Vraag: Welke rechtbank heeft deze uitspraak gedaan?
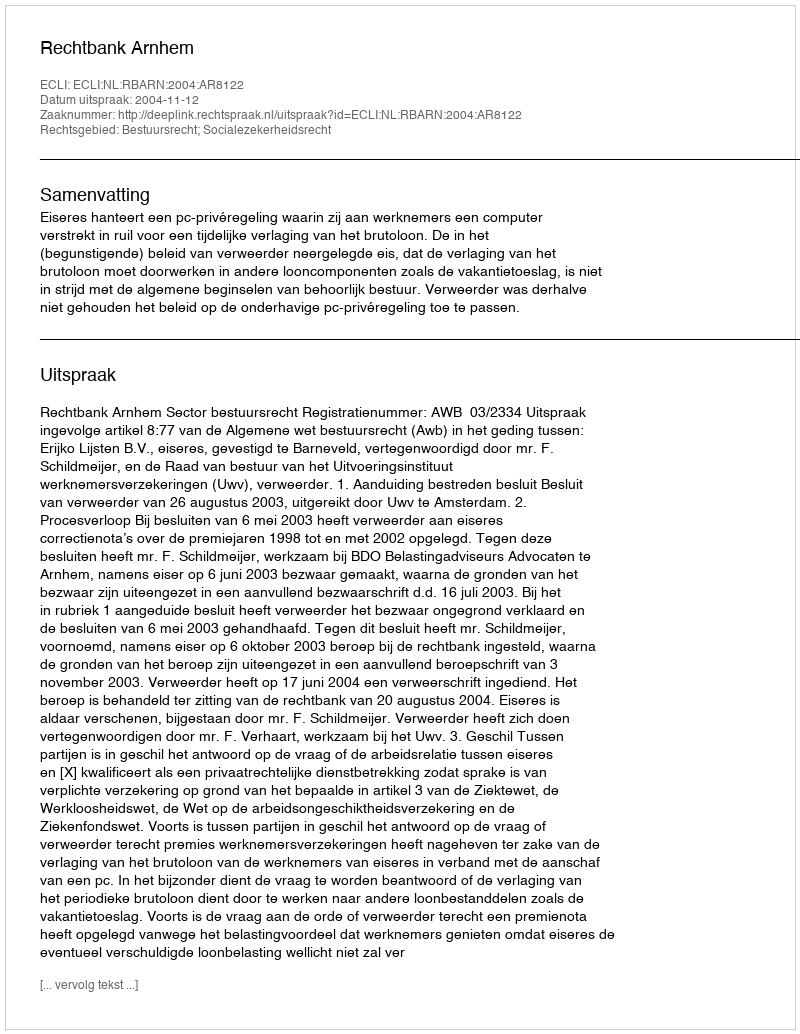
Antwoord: Rechtbank Arnhem